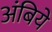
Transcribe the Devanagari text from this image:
अंबिये